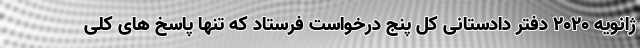
ژانویه ۲۰۲۰ دفتر دادستانی کل پنج درخواست فرستاد که تنها پاسخ های کلی